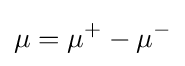
\mu =\mu ^{+}-\mu ^{-}